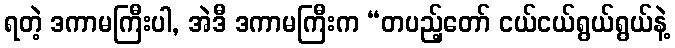
ရတဲ့ ဒကာမကြီးပါ, အဲဒီ ဒကာမကြီးက “တပည့်တော် ငယ်ငယ်ရွယ်ရွယ်နဲ့